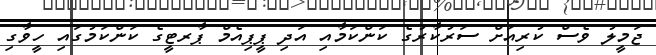
ޖަމީލު ވެސް ކުރިއަށް ސަރުކާރުގެ ކަންކަމާއި އަދި ޕީޕިއެމް ޕާރޓީގެ ކަންކަމުގައި ހީވާގި